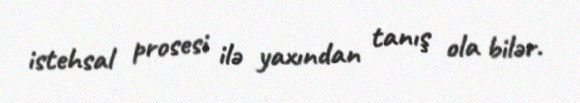
istehsal prosesi ilə yaxından tanış ola bilər.